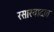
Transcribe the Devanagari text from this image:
रसास्वादात